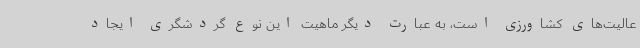
عالیت‌های کشاورزی است، به عبارت دیگر ماهیت این نوع گردشگری ایجاد